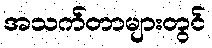
အသက်တာများတွင်